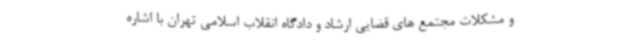
و مشکلات مجتمع های قضایی ارشاد و دادگاه انقلاب اسلامی تهران با اشاره